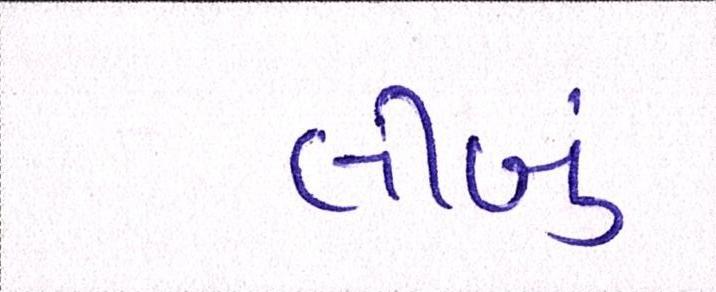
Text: લીબું